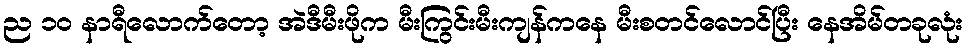
ည ၁၀ နာရီလောက်တော့ အဲဒီမီးဖိုက မီးကြွင်းမီးကျန်ကနေ မီးစတင်လောင်ပြီး နေအိမ်တခုလုံး